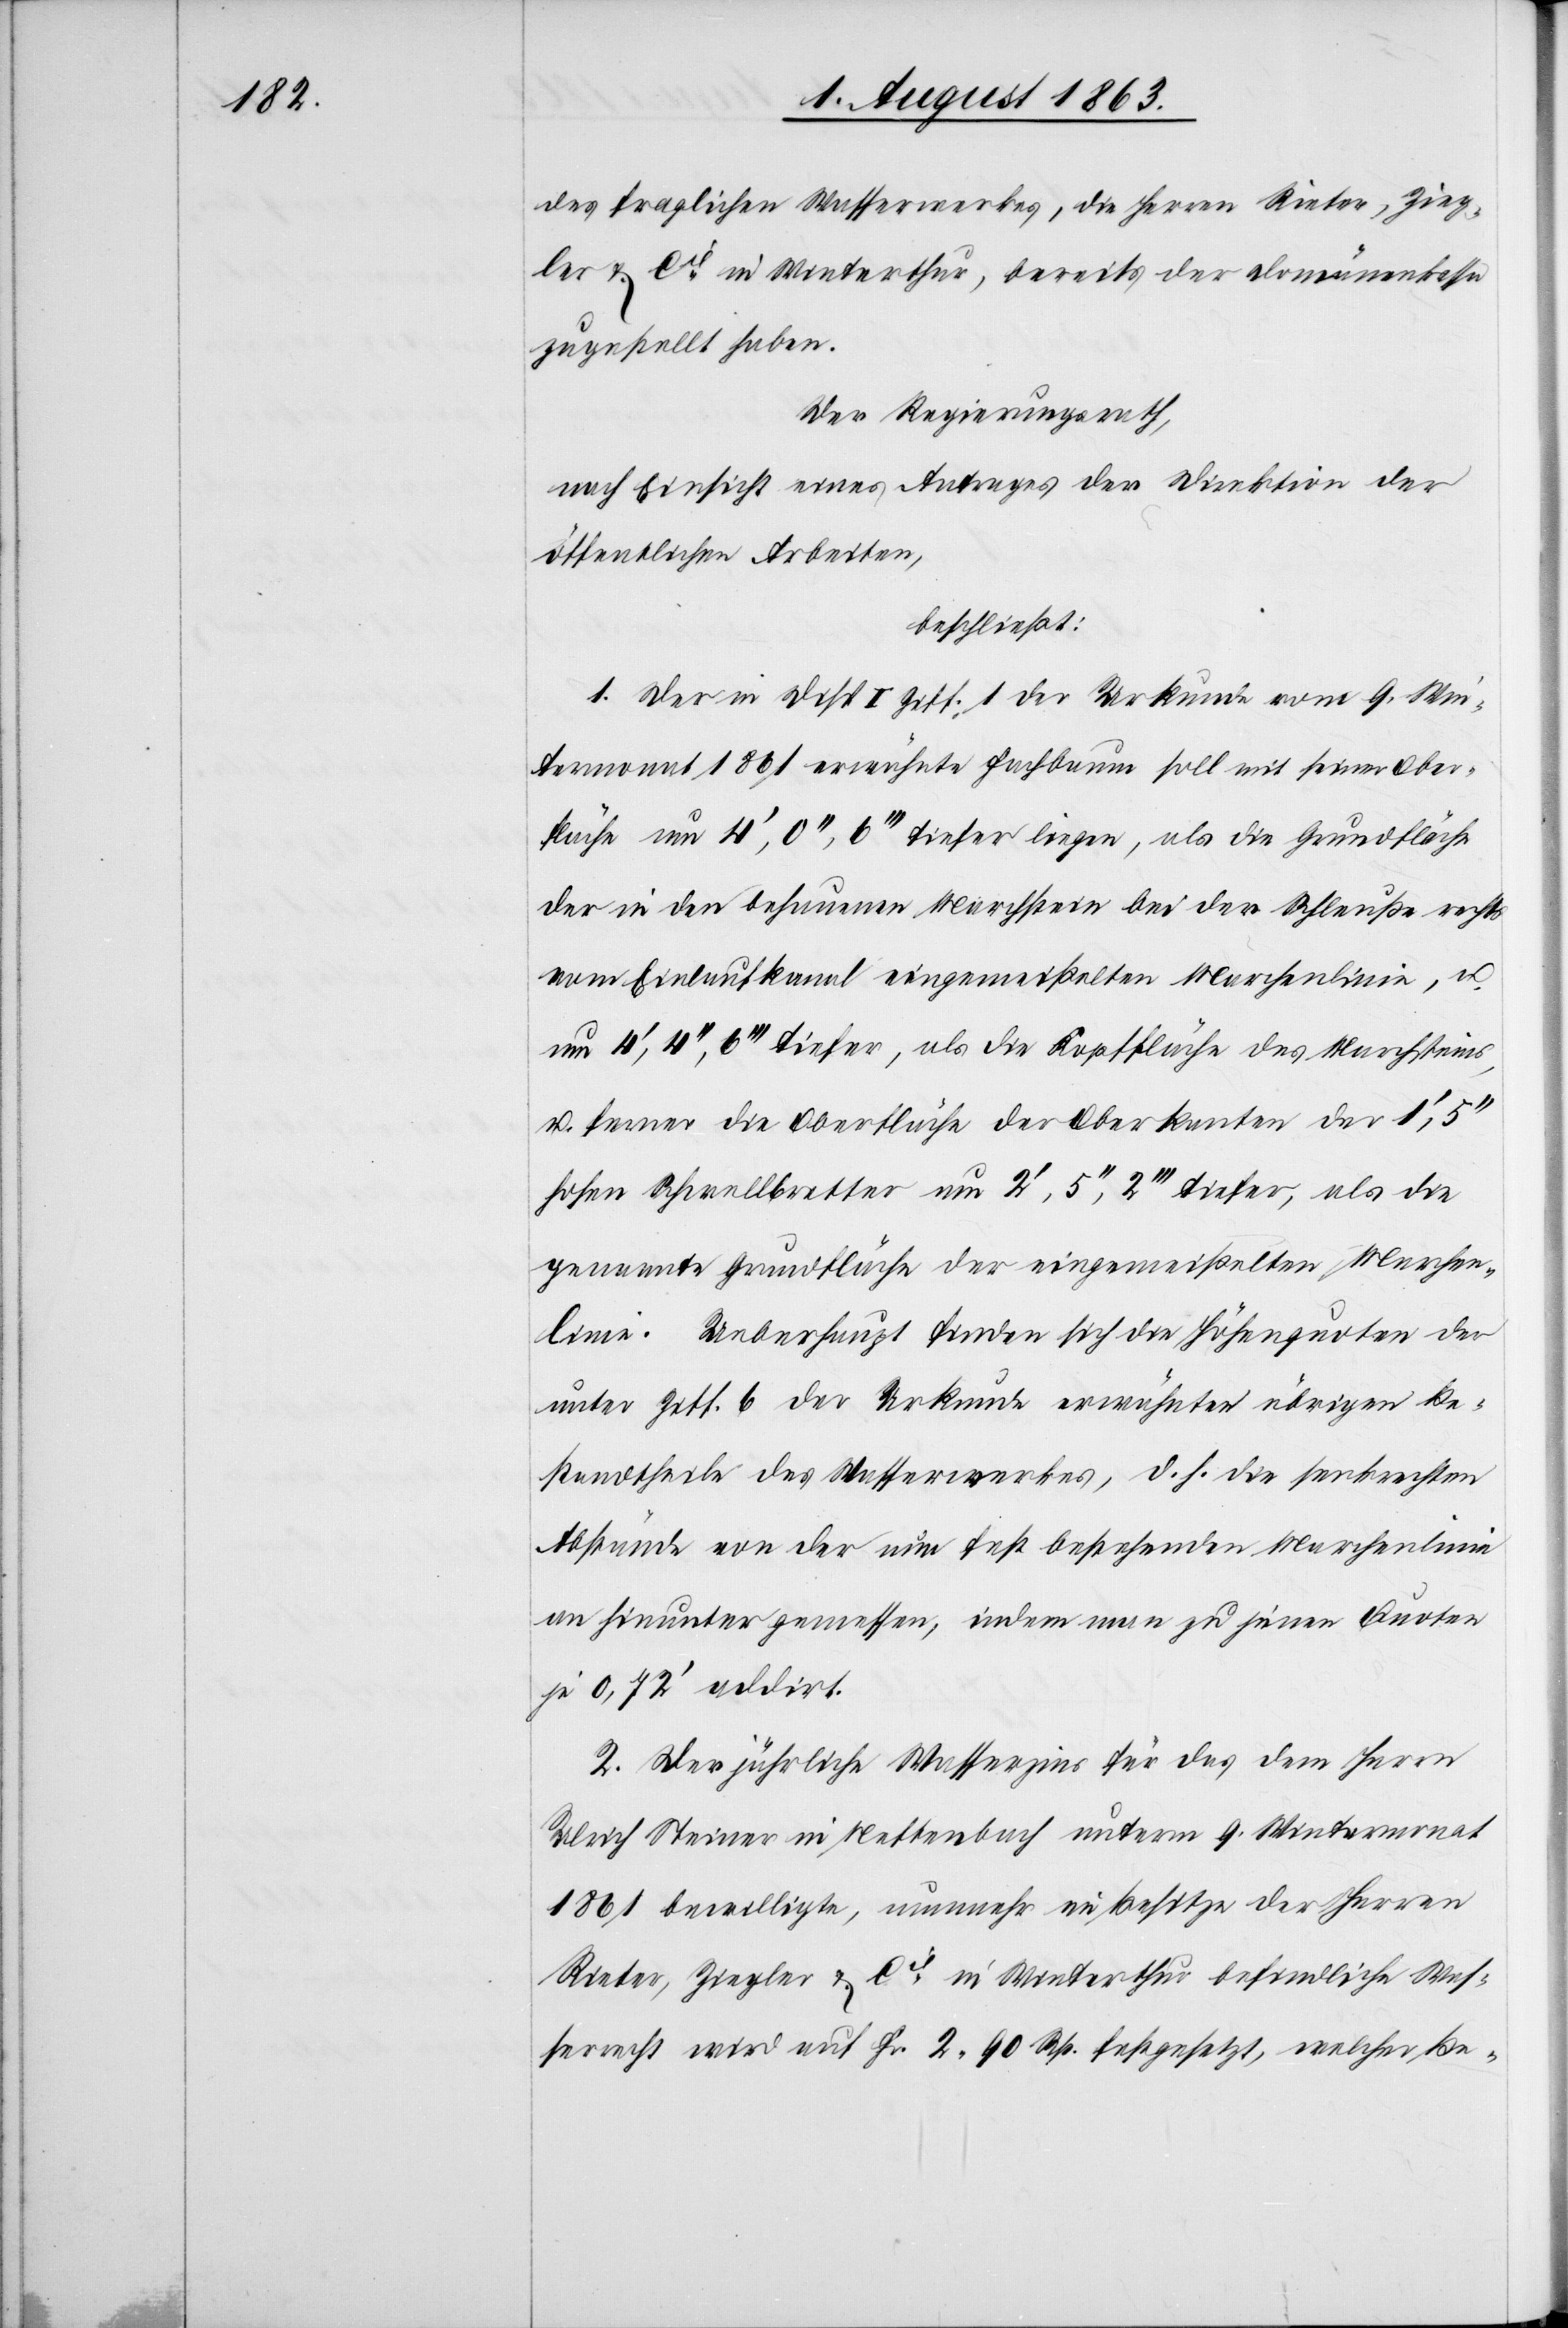
des fraglichen Wasserwerkes, die Herren Rieter, Zieg¬
ler & Cie in Winterthur, bereits der Domänenkassa
zugestellt haben.
Der Regierungsrath,
nach Einsicht eines Antrages der Direktion der
öffentlichen Arbeiten,
beschließt:
1. Der in Disp. I Ziff. 1 der Urkunde vom 9. Win¬
termonat 1861 erwähnte Fachbaum soll mit seiner Ober¬
fläche um 4', 0'', 6''' tiefer liegen, als die Grundfläche
der in den behauenen Marchstein bei der Schleuße rechts
vom Einlaufkanal eingemeißelten Marchenlinie, u.
um 4', 4'', 6''' tiefer, als die Kopffläche des Marchsteins,
u. ferner die Oberfläche der Oberkanten der 1',
hohen Schwellbretter um 2', 5'', 2''' tiefer, als die
genannte Grundfläche der eingemeißelten Marchen¬
linie. Ueberhaupt finden sich die Höhenquoten der
unter Ziff. 6 der Urkunde erwähnten übrigen Be¬
standtheile des Wasserwerkes, d. h. die senkrechten
Abstände von der nun fest bestehenden Marchenlinie
an hinunter gemessen, indem man zu jenen Quoten
je 0,72' addirt.
2. Der jährliche Wasserzins für das dem Herrn
Ulrich Steiner in Neftenbach unterm 9. Wintermonat
1861 bewilligte, nunmehr im Besitze der Herren
Rieter, Ziegler & Cie in Winterthur befindliche Was¬
serrecht wird auf Fr. 2. 90 Rp. festgesetzt, welcher Be-